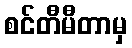
စင်တီမီတာမှ